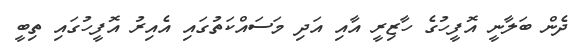
ދެން ބަލާނީ އޮފީހުގެ ހާޒިރީ އާއި އަދި މަސައްކަތުގައި އެއިރު އޮފީހުގައި ތިބީ